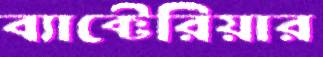
ব্যাক্টেরিয়ার